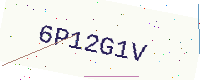
Text: 6P12G1V